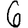
Digit: 6